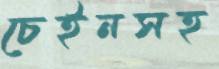
চেইনসহ